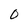
Character: 0